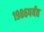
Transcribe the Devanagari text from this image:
१९८६पर्यंत